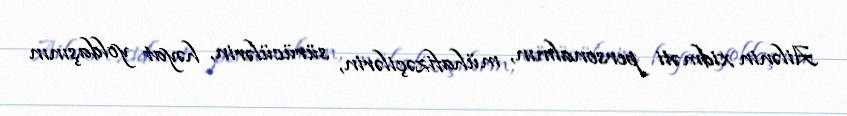
Ailənin xidməti personalının, mühafizəçilərin, sürücülərin, həyat yoldaşının